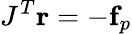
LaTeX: J^{T}\mathbf{r}=-\mathbf{f}_{p}